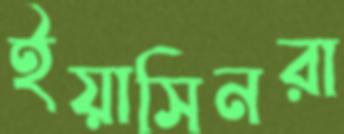
ইয়াসিনরা